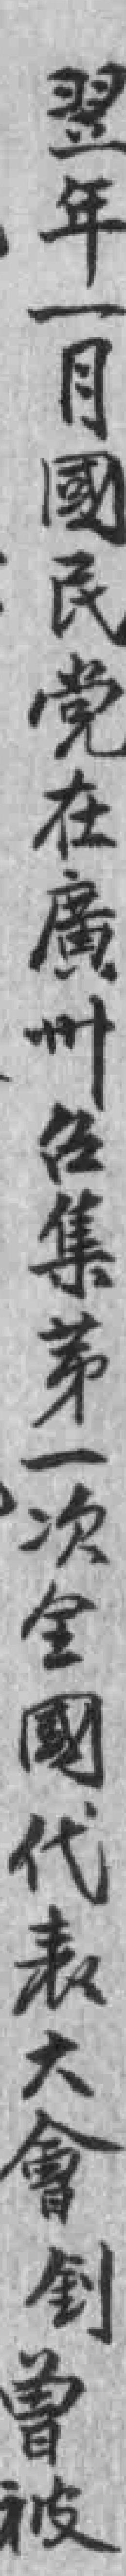
翌年一月國民党在廣州召集第一次全國代表大會釗曾被